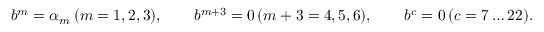
b ^ { m } = \alpha _ { m } \, ( m = 1 , 2 , 3 ) , \qquad b ^ { m + 3 } = 0 \, ( m + 3 = 4 , 5 , 6 ) , \qquad b ^ { c } = 0 \, ( c = 7 \dots 2 2 ) .